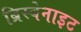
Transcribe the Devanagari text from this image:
ब्रिस्बेनाइट